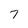
Character: 7